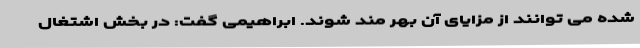
شده می توانند از مزایای آن بهر مند شوند. ابراهیمی گفت: در بخش اشتغال